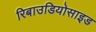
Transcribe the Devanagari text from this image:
रिबाउडियोसाइड